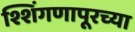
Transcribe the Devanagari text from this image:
श्शिंगणापूरच्या